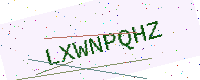
Text: LXWNPQHZ